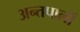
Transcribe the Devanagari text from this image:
अन्तपालों